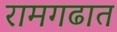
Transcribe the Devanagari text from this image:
रामगढात